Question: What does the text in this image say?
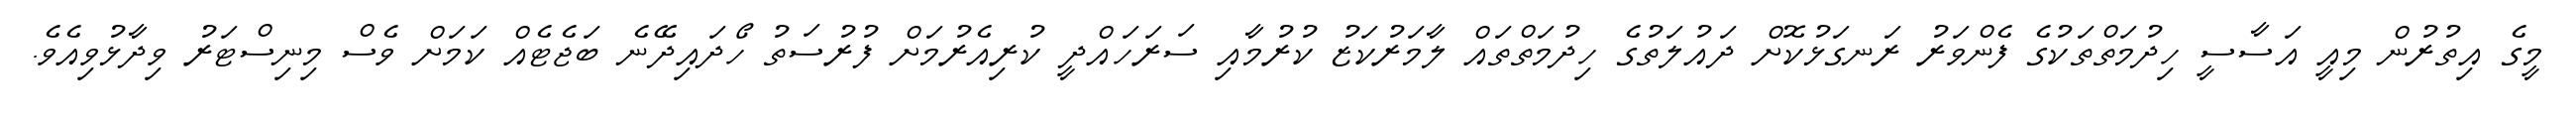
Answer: މީގެ އިތުރުން މިއީ އަސާސީ ހިދުމަތްތަކުގެ ފެންވަރު ރަނގަޅުކޮށް ދައުލަތުގެ ހިދުމަތްތައް ލާމަރުކަޒު ކުރުމާއި ސަރަހައްދީ ކުރިއެރުމަށް ފުރުސަތު ހޯދައިދޭނެ ބަޖެޓެއް ކަމަށް ވެސް މިނިސްޓަރު ވިދާޅުވިއެވެ.